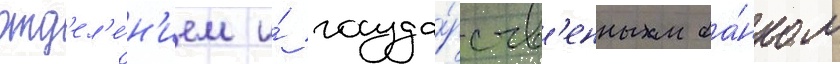
отд'ел'е́н'ием и́ госуда́рств'енным ба́нком